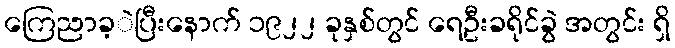
ကြေညာခ့ဲပြီးနောက် ၁၉၂၂ ခုနှစ်တွင် ရေဦးခရိုင်ခွဲ အတွင်း ရှိ